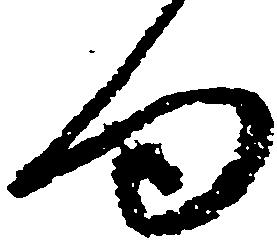
句